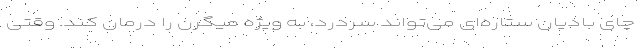
چای بادیان ستاره‌ای می‌تواند سردرد، به ویژه میگرن را درمان کند. وقتی